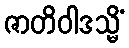
ဇာတိဝါဒသ္မိံ